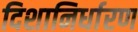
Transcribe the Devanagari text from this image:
दिशानिर्धारण